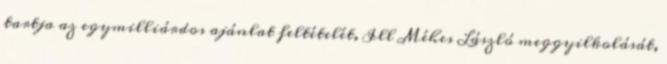
tartja az egymilliárdos ajánlat feltételét, Ill Méhes László meggyilkolását,